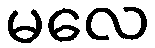
မလေ